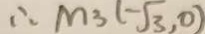
\therefore M _ { 3 } ( - \sqrt { 3 } , 0 )